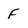
Character: F